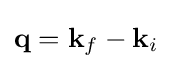
\mathbf {q} =\mathbf {k} _{f}-\mathbf {k} _{i}